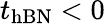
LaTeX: t_{\mathrm{hBN}}<0